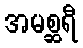
အမစ္ဆရီ